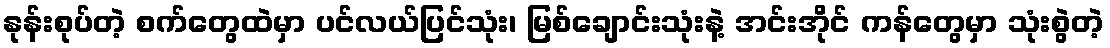
နုန်းစုပ်တဲ့ စက်တွေထဲမှာ ပင်လယ်ပြင်သုံး၊ မြစ်ချောင်းသုံးနဲ့ အင်းအိုင် ကန်တွေမှာ သုံးစွဲတဲ့